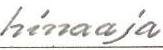
hinaaja